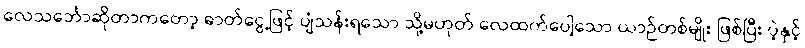
လေသင်္ဘောဆိုတာကတော့ ဓာတ်ငွေ့ဖြင့် ပျံသန်းရသော သို့မဟုတ် လေထက်ပေါ့သော ယာဉ်တစ်မျိုး ဖြစ်ပြီး ပဲ့နှင့်